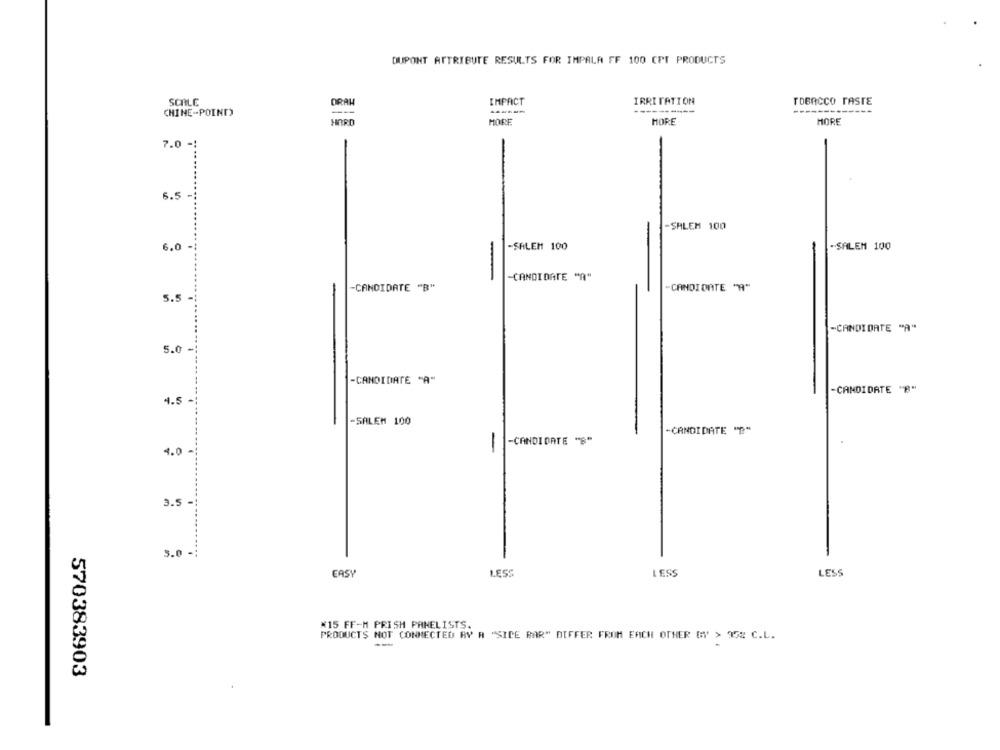
DUPONT ATTRIBUTE RESULTS FOR IMPALA FF 100 CPT PRODUCTS
SCALE
DRAW
IMPACT
IRRITATION
TOBACCO TASTE
CHINE-POINT)
---
------
HARD
MORE
HORE
HORE
7.0 -
6.5
-SALEM 100
6.0
-SALEM 100
-SALEM 100
-
-CANDIDATE "A"
-CANDIDATE "B"
-CANDIDATE "A"
5.5
-CANDIDATE "A"
5.0
-CANDIDATE "A"
-CANDIDATE "B"
4.5
-SALEM 100
-CANDIDATE "P"
-CANDIDATE "S"
4.0-
-
3.5
3.0 -
EASY
LESS
LES
LESS
*15 FF-M PRISH PANELISTS.
PRODUCTS NOT CONNECTED BY A "SIDE BAR" DIFFER FROM EACH OTHER BY > 152 C.L.
--
570383903